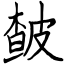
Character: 皶